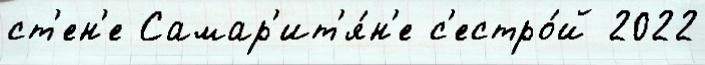
ст'ен'е Самар'ит'я́н'е с'естро́й 2022